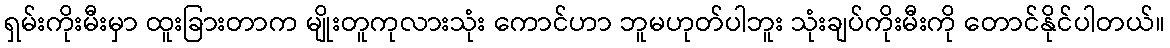
ရှမ်းကိုးမီးမှာ ထူးခြားတာက မျိုးတူကုလားသုံး ကောင်ဟာ ဘူမဟုတ်ပါဘူး သုံးချပ်ကိုးမီးကို တောင်နိုင်ပါတယ်။